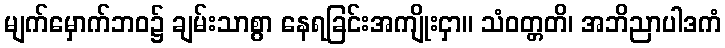
မျက်မှောက်ဘဝ၌ ချမ်းသာစွာ နေရခြင်းအကျိုးငှာ။ သံဝတ္တတိ၊ အဘိညာပါဒကံ